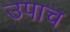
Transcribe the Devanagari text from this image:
उपाच